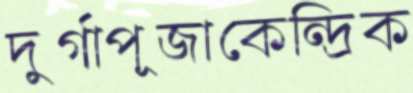
দুর্গাপূজাকেন্দ্রিক